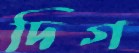
দিগ